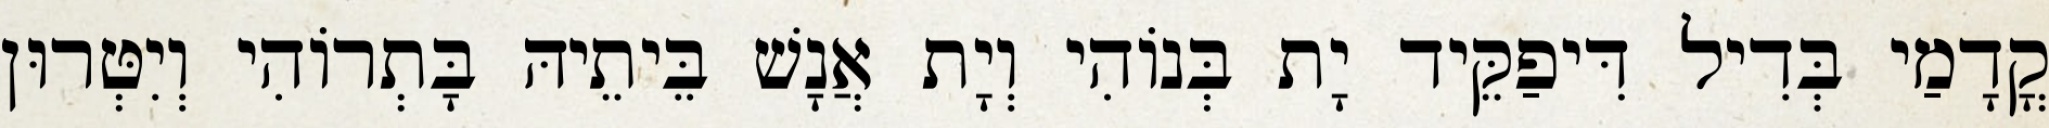
קֳדָמַי בְּדִיל דִּיפַקֵּיד יָת בְּנוֹהִי וְיָת אֲנָשׁ בֵּיתֵיהּ בָּתְרוֹהִי וְיִטְּרוּן